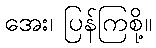
အေး၊ ပြန်ကြစို့။